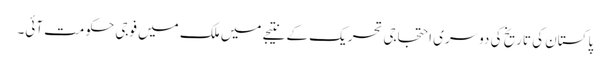
پاکستان کی تاریخ کی دوسری احتجاجی تحریک کے نتیجے میں ملک میں فوجی حکومت آئی۔